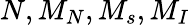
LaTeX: N,M_{N},M_{s},M_{I}